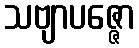
သဗျာပဇ္ဇော